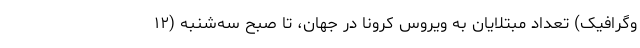
وگرافیک) تعداد مبتلایان به ویروس کرونا در جهان، تا صبح سه‌شنبه (۱۲